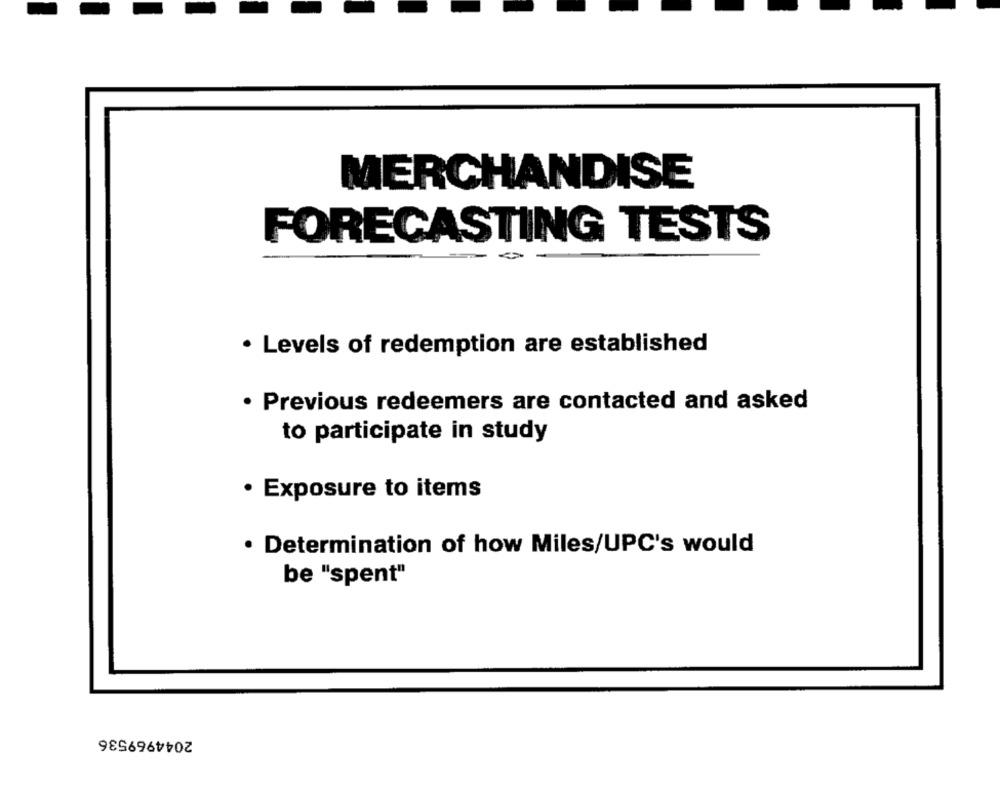
MERCHANDISE
FORECASTING TESTS
· Levels of redemption are established
· Previous redeemers are contacted and asked
to participate in study
· Exposure to items
· Determination of how Miles/UPC's would
be "spent"
2044969536